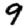
Digit: 9